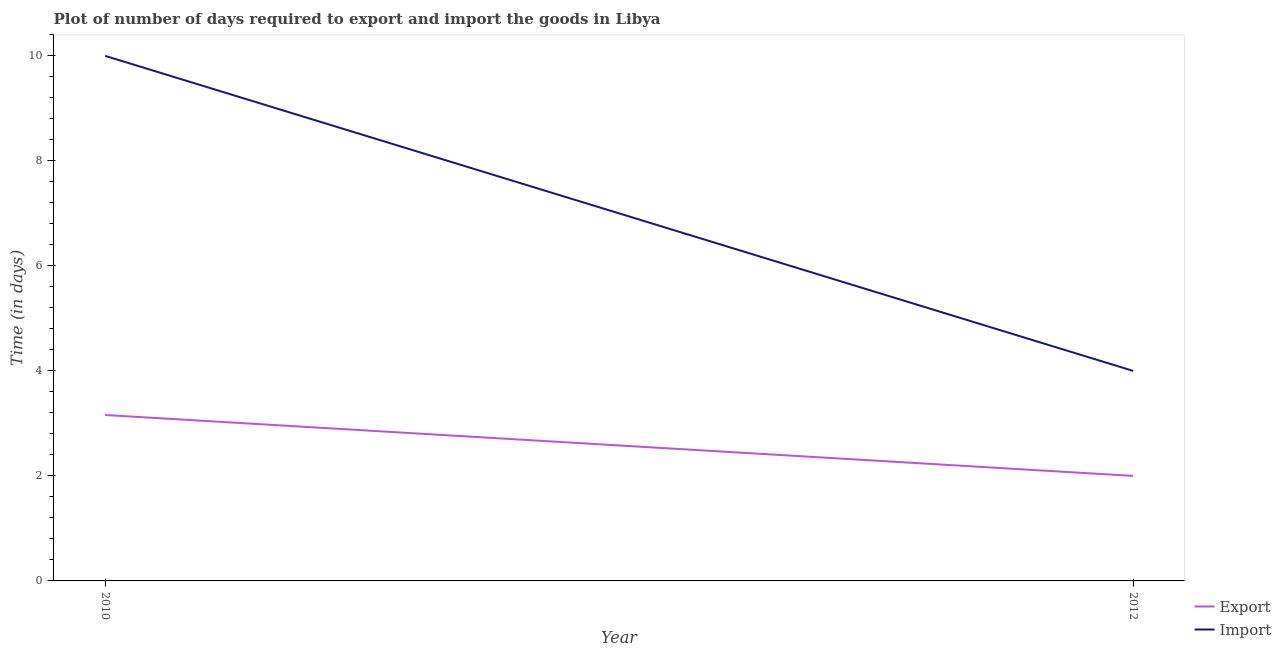
| Year | Export | Import |
 | --- | --- | --- |
 | 2010 | 3.16 | 10 |
 | 2012 | 2 | 4 |